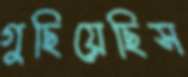
গুছিয়েছিস